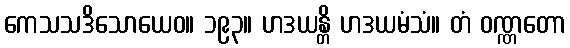
ကေသသဒိသောယေဝ။ ၁၉၃။ ဟဒယန္တိ ဟဒယမံသံ။ တံ ဝဏ္ဏတော